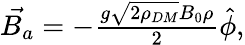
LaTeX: \begin{array}{r}{\vec{B_{a}}=-\frac{g\sqrt{2\rho_{DM}}B_{0}\rho}{2}\hat{\phi},}\end{array}